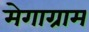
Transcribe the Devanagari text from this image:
मेगाग्राम